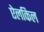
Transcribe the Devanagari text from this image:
ऐलकिल